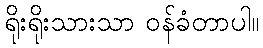
ရိုးရိုးသားသာ ဝန်ခံတာပါ။